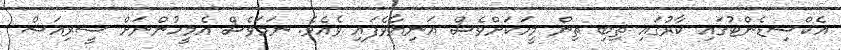
އެކްސިޑެންޓުގައި ކާރުގައި ތިބި ތިން މީހަކަށްވެސް އަނިޔާވެފައި ވެއެވެ. ނަމަވެސް އެމީހުންނަށް ސީރިއަސް